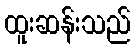
ထူးဆန်းသည်